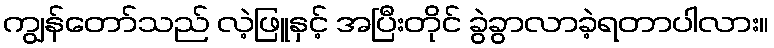
ကျွန်တော်သည် လဲ့ဖြူနှင့် အပြီးတိုင် ခွဲခွာလာခဲ့ရတာပါလား။